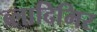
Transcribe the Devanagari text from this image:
ब्लादिमिर